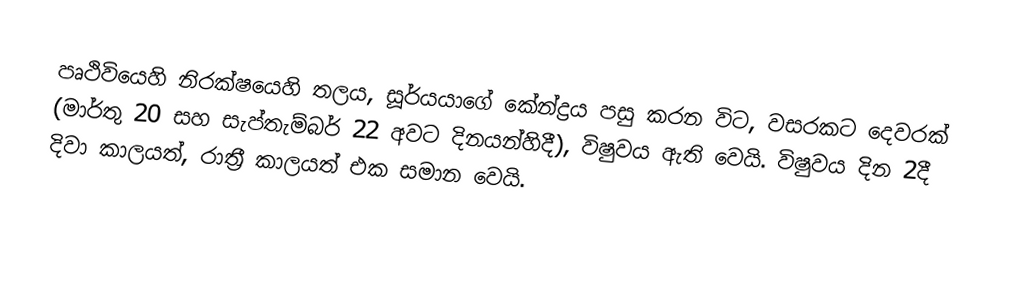
පෘථිවියෙහි නිරක්ෂයෙහි තලය, සූර්යයාගේ කේන්ද්‍රය පසු කරන විට, වසරකට දෙවරක් (මාර්තු 20 සහ සැප්තැම්බර් 22 අවට දිනයන්හිදී), විෂුවය ඇති වෙයි. විෂුවය දින 2දී දිවා කාලයත්, රාත්‍රී කාලයත් එක සමාන වෙයි.